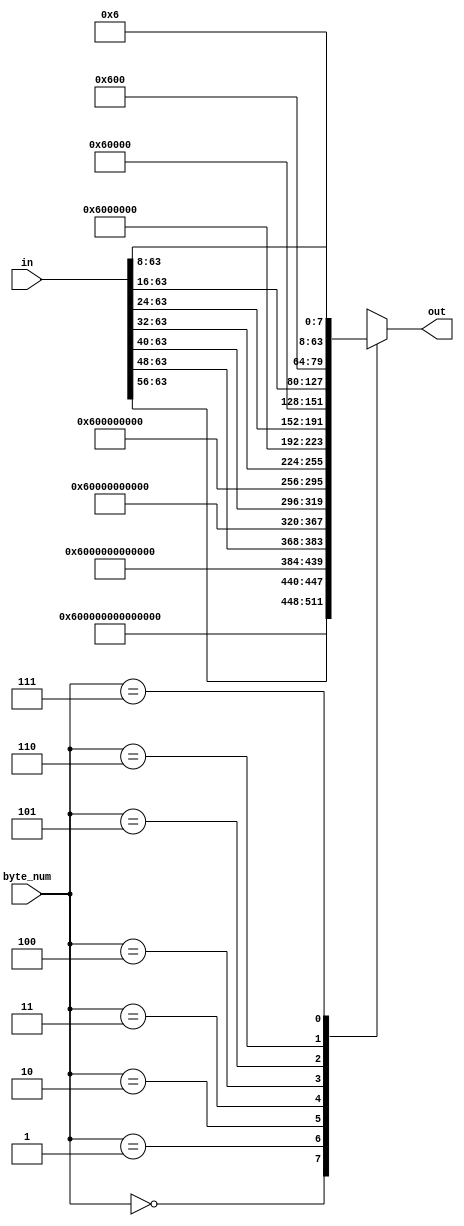
/*
 * Copyright 2013, Homer Hsing <homer.hsing@gmail.com>
 *
 * Licensed under the Apache License, Version 2.0 (the "License");
 * you may not use this file except in compliance with the License.
 * You may obtain a copy of the License at
 *
 * http://www.apache.org/licenses/LICENSE-2.0
 *
 * Unless required by applicable law or agreed to in writing, software
 * distributed under the License is distributed on an "AS IS" BASIS,
 * WITHOUT WARRANTIES OR CONDITIONS OF ANY KIND, either express or implied.
 * See the License for the specific language governing permissions and
 * limitations under the License.
 */

module padder1(in, byte_num, out);
    input      [63:0] in;
    input      [2:0]  byte_num;
    output reg [63:0] out;
    
    always @ (*)
      case (byte_num)
        0: out =             64'h0600000000000000;
        1: out = {in[63:56], 56'h06000000000000};
        2: out = {in[63:48], 48'h060000000000};
        3: out = {in[63:40], 40'h0600000000};
        4: out = {in[63:32], 32'h06000000};
        5: out = {in[63:24], 24'h060000};
        6: out = {in[63:16], 16'h0600};
        7: out = {in[63:8],   8'h06};
      endcase
endmodule